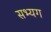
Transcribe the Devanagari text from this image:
सभ्यग